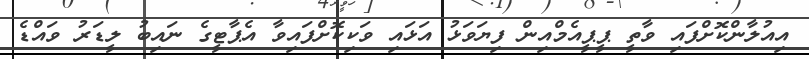
އިއުލާންކޮށްފައި ވާތީ ޕީޕީއެމްއިން ފިޔަވަޅު އަޅައި ވަކިކޮށްފައިވާ އެޕާޓީގެ ނައިބު ލީޑަރު ވައްޑެ